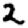
Digit: 2